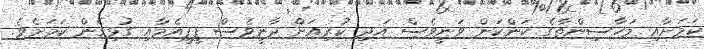
ކަމަށާއި މަހާސިންތާގެ ކަންކަން ވަނީވެސް އަދި ކުރިއަށް ދާނީވެސް ޕީޕީއެމާއި ގުޅިގެން ކަމަށެވެ.